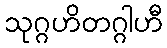
သုဂ္ဂဟိတဂ္ဂါဟီ